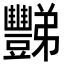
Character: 豒